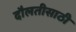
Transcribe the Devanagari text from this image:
दौलतीसाठी